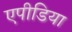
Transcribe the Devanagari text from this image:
एपीडिया